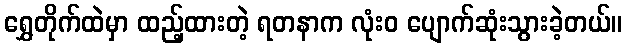
ရွှေတိုက်ထဲမှာ ထည့်ထားတဲ့ ရတနာက လုံးဝ ပျောက်ဆုံးသွားခဲ့တယ်။